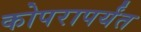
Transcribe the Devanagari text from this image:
कोपरापर्यंत